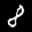
Digit: 8